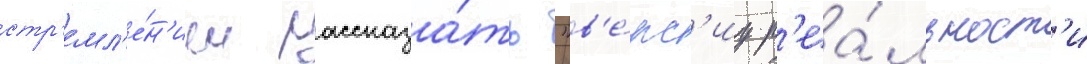
стр'емл'е́н'ием рассказа́ть "в'е́рс'иу р'еа́льност'и